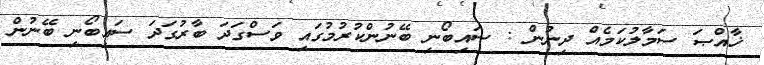
ޚާއްޞަ ސަމާލުކަމެއް ދިނުން : ސައިބޯނި ބޭނުންކުރުމުގައި ވަސްގަދަ ބާރުގަދަ ސައިބޯނި ބޭނުން